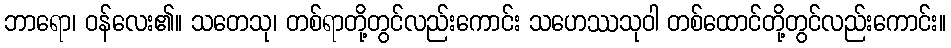
ဘာရော၊ ဝန်လေး၏။ သတေသု၊ တစ်ရာတို့တွင်လည်းကောင်း သဟေဿသုဝါ တစ်ထောင်တို့တွင်လည်းကောင်း။